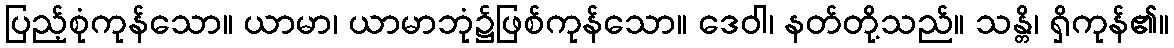
ပြည့်စုံကုန်သော။ ယာမာ၊ ယာမာဘုံ၌ဖြစ်ကုန်သော။ ဒေဝါ၊ နတ်တို့သည်။ သန္တိ၊ ရှိကုန်၏။